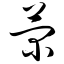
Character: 菊